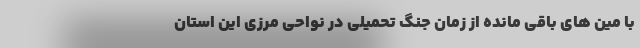
با مین های باقی مانده از زمان جنگ تحمیلی در نواحی مرزی این استان